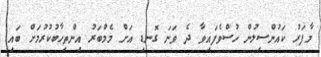
މާފަރު ކައުންސިލުން ހުސްވެފައިވާ ދެ ވަނަ ގޮނޑި އަށް މެމްބަރު އިންތިހާބުކުރުމަށް ބައި